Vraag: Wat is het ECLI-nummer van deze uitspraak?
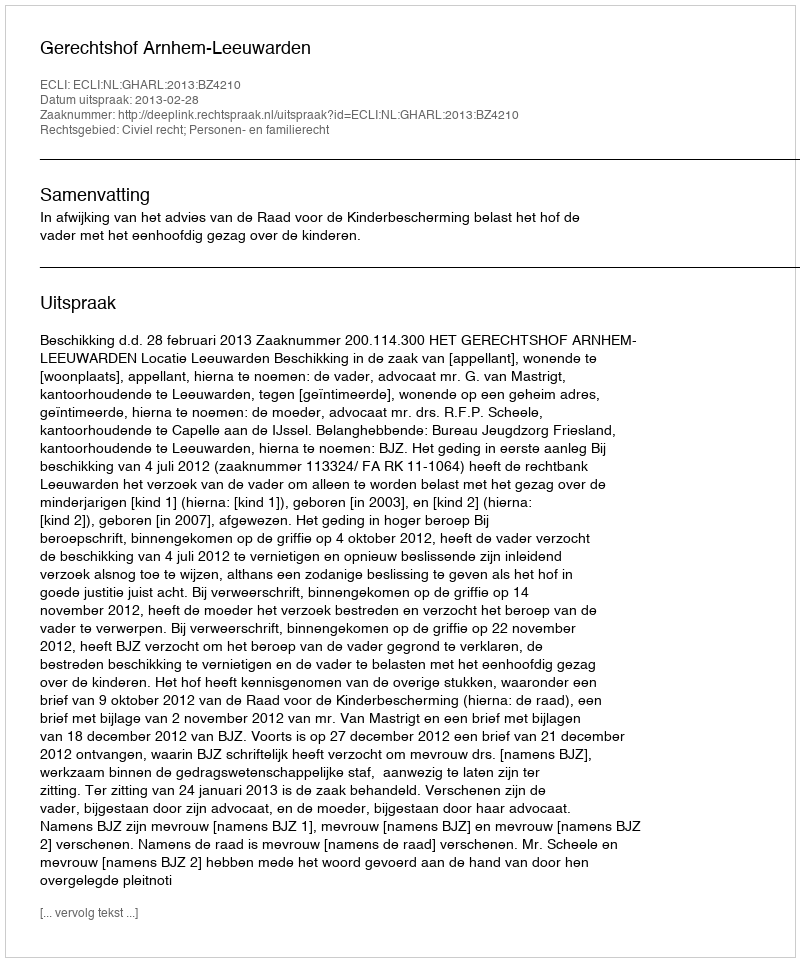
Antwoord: ECLI:NL:GHARL:2013:BZ4210